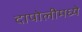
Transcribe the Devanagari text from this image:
दापोलीमध्ये